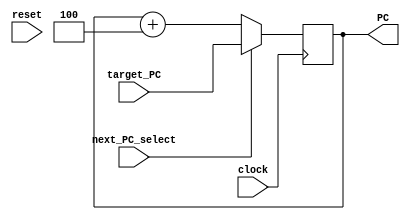
// Name:Ece Sureyya Birol, Ece Ari 
// BU ID: U58913897, U14334375
// EC413 Project: Fetch Module

module fetch #(
  parameter ADDRESS_BITS = 16
) (
  input  clock,
  input  reset,
  input  next_PC_select,
  input  [ADDRESS_BITS-1:0] target_PC,
  output [ADDRESS_BITS-1:0] PC
);

reg [ADDRESS_BITS-1:0] PC_reg;

assign PC = PC_reg;

/******************************************************************************
*                      Start Your Code Here
******************************************************************************/

always @(posedge clock)
begin
    if(reset==1'b1) //eger reset == 1
        PC_reg <= 16'b0; 
 //stack pointerin adresini 16 bit sifirdan baslattik
        
    if(next_PC_select==1'b1) //eger ==1
        PC_reg <= target_PC; 
//branch yapiyor, yeni adrese gidiyor
 //target_PC input 16 is the target address of a branch, JAL or JALR instruction.
   
    else //reset veya next yoksa eger sadece adress 4 bit artiyor
        PC_reg = PC_reg + 4; //branch olmadigi icin stack pointerin adresi 4 bit artiyor
end

endmodule